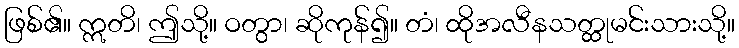
ဖြစ်၏။ ဣတိ၊ ဤသို့။ ဝတွာ၊ ဆိုကုန်၍။ တံ၊ ထိုအလီနသတ္ထုမင်းသားသို့။